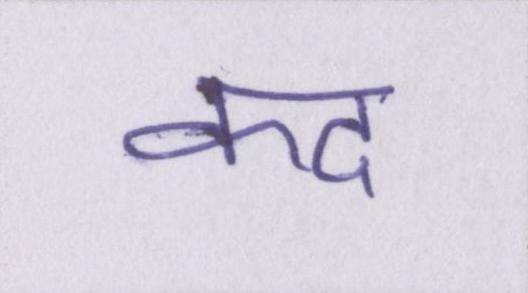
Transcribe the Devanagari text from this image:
कद